Jaan_Tonisson_(Lasteleht), lk 31
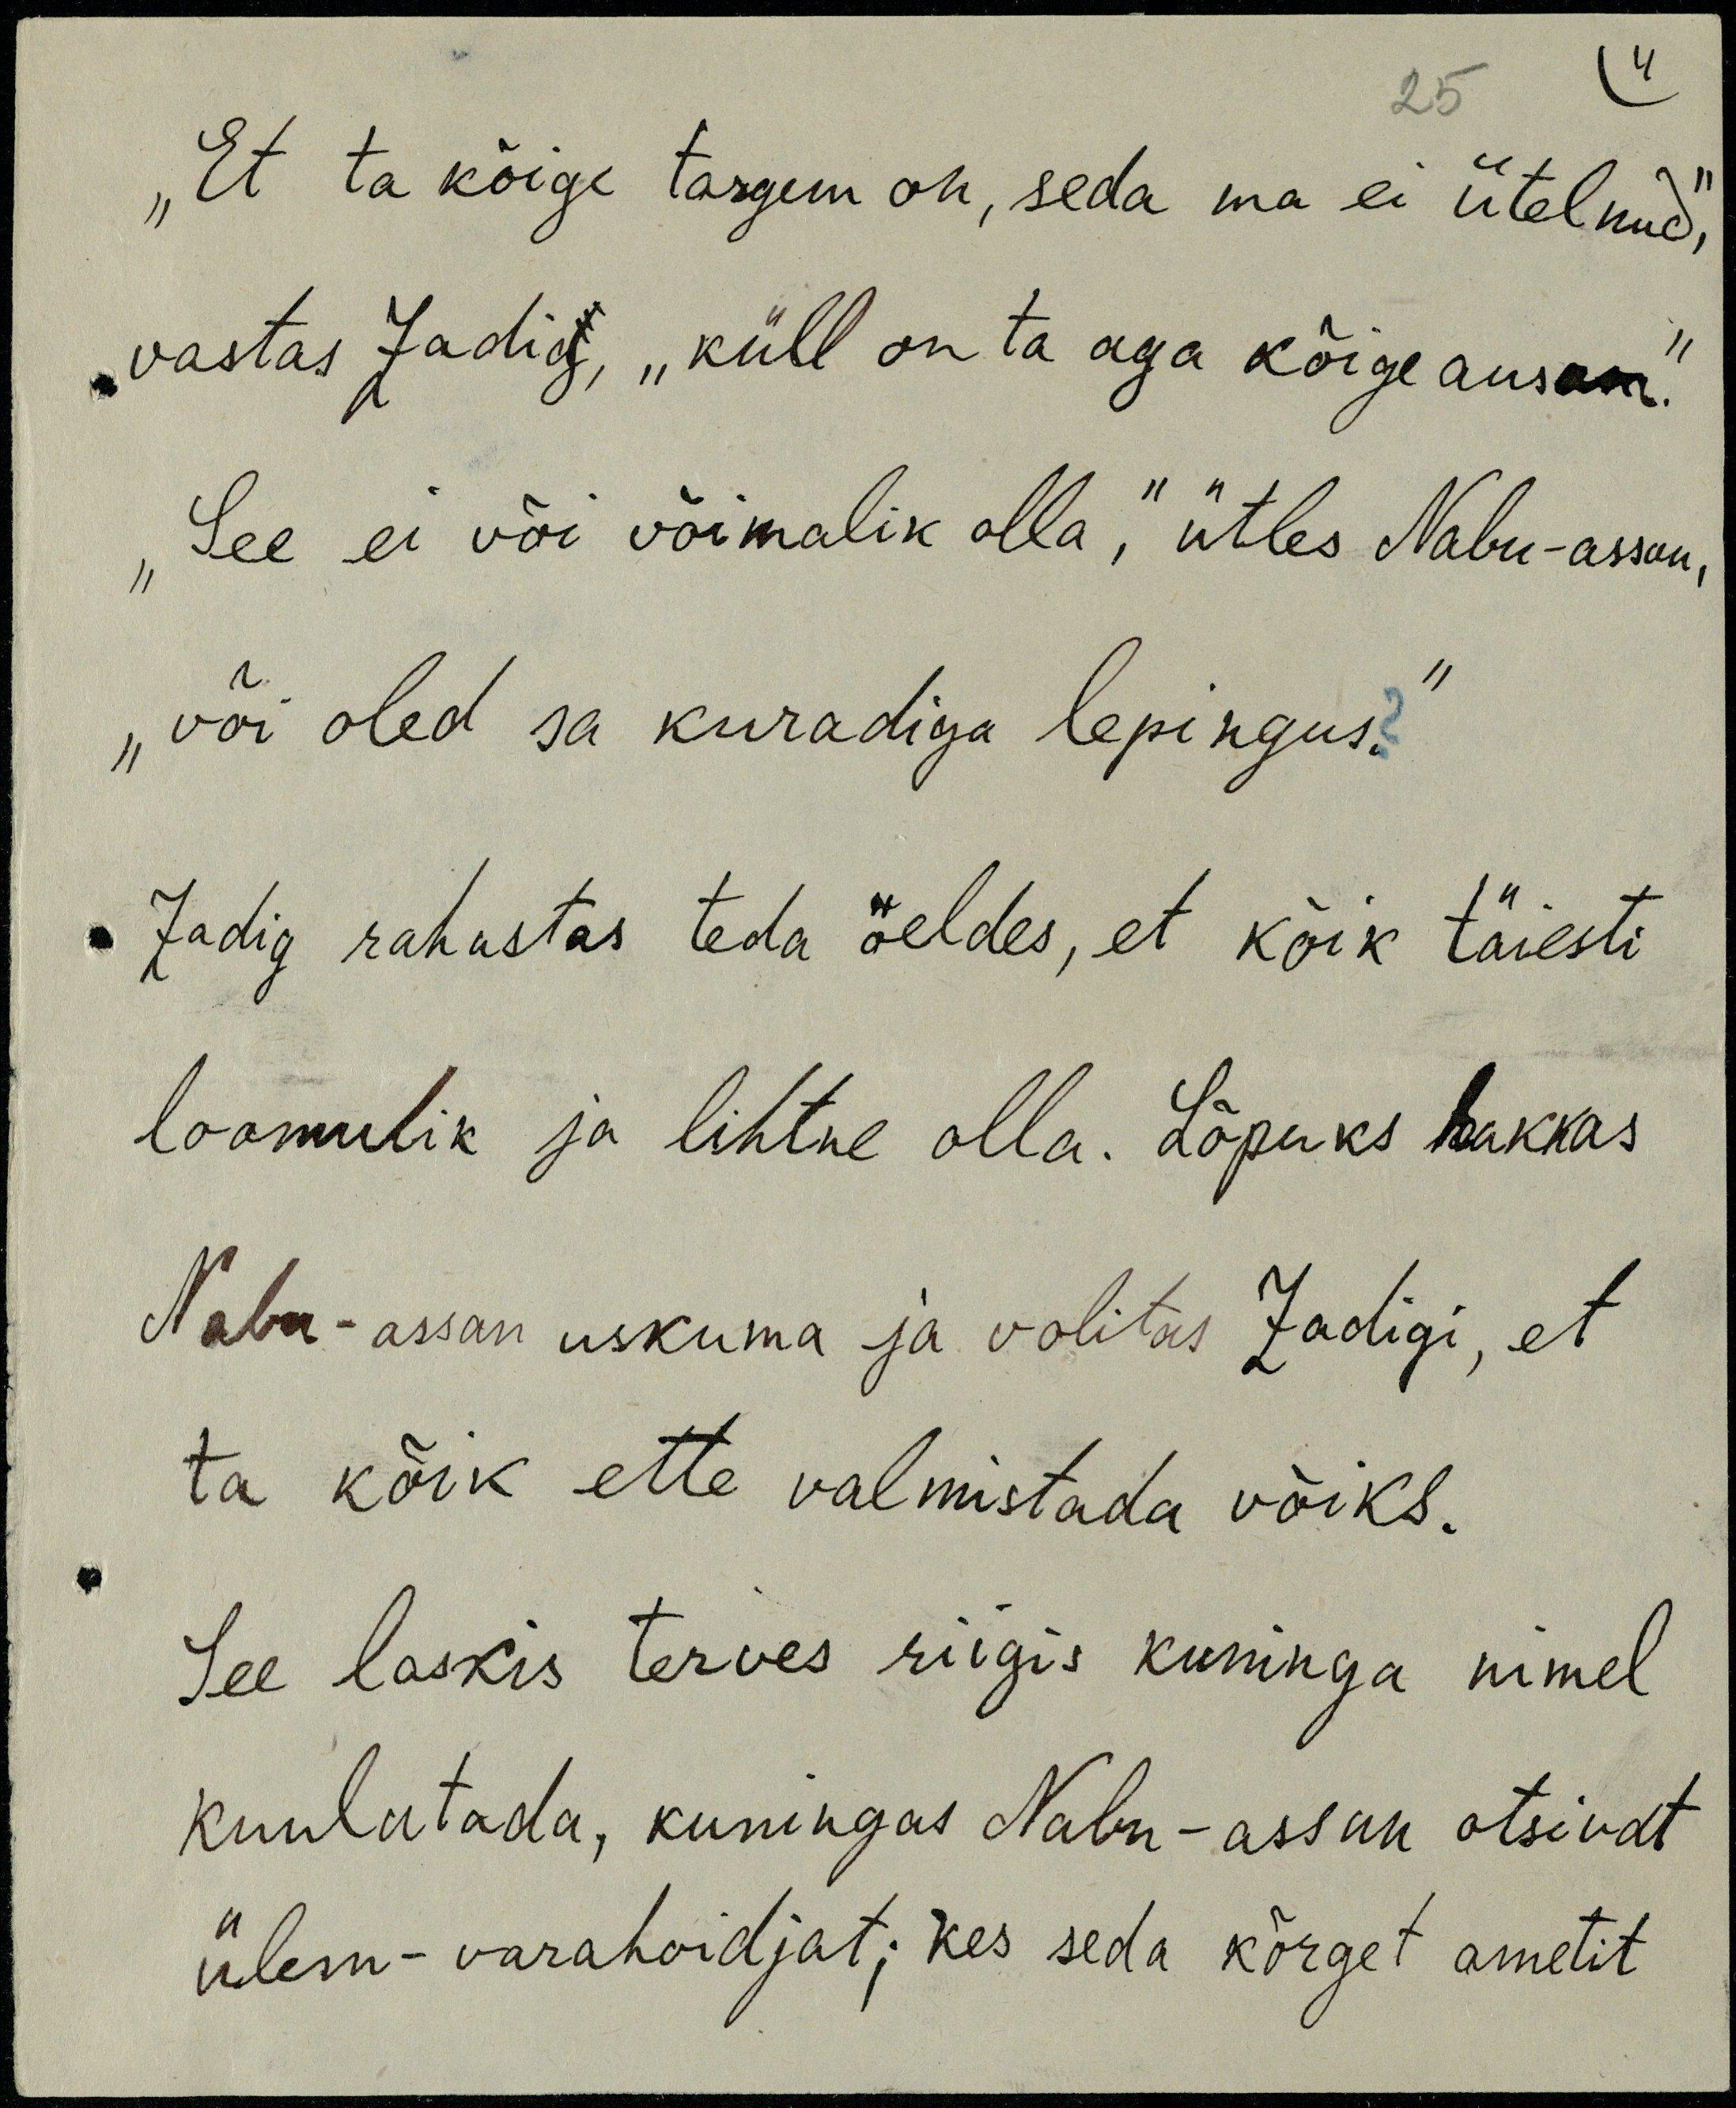
„Et ta kõige targem on, seda ma ei ütelnud,“
vastas Zadig, „küll on ta aga kõige ausam.“
„See ei või võimalik olla,“ ütles Nabu-assan,
„või oled sa kuradiga lepingus?“
Zadig rahustas teda öeldes, et kõik täiesti
loomulik ja lihtne olla. Lõpuks hakkas
Nabu-assan uskuma ja volitas Zadigi, et
ta kõik ette valmistada võiks.
See laskis terves riigis kuninga nimel
kuulutada, kuningas Nabu-assan otsivat
ülem-varahoidjat; kes seda kõrget ametit